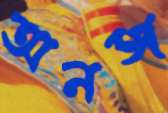
অনঙ্গ